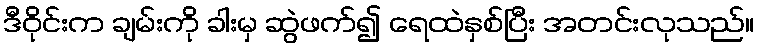
ဒီဝိုင်းက ချမ်းကို ခါးမှ ဆွဲဖက်၍ ရေထဲနှစ်ပြီး အတင်းလုသည်။